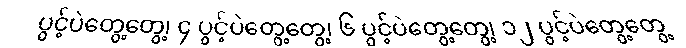
ပွင့်ပဲတွေ့တွေ့၊ ၄ ပွင့်ပဲတွေ့တွေ့၊ ၆ ပွင့်ပဲတွေ့တွေ့၊ ၁၂ ပွင့်ပဲတွေ့တွေ့